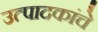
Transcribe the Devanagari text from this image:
उत्पादकांचे